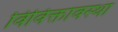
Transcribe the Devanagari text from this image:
विविक्तावस्था